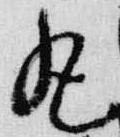
丸